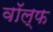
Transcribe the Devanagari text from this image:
वॉल्फ